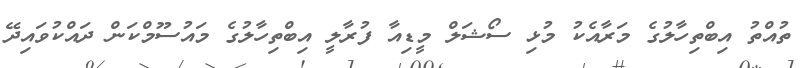
ތުއްތު އިބްތިހާލުގެ މަރާއެކު މުޅި ސޯޝަލް މީޑިއާ ފުރާލީ އިބްތިހާލުގެ މައުސޫމްކަން ދައްކުވައިދޭ